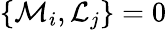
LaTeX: \{ \mathcal{M}_{i},\mathcal{L}_{j}\} =0